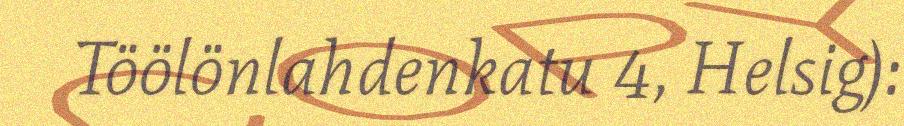
Töölönlahdenkatu 4, Helsig):